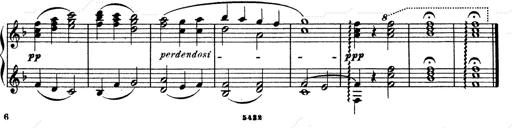
Title: Ave Maria d' Arcadelt
Composer: Franz Liszt